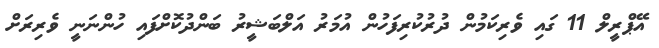
އޭޕްރީލް 11 ގައި ވެރިކަމުން ދުރުކުރިފަހުން އުމަރު އަލްބަޝީރު ބަންދުކޮށްފައި ހުންނަނީ ވެރިރަށް